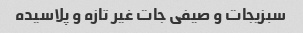
سبزیجات و صیفی جات غیر تازه و پلاسیده